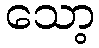
သော့